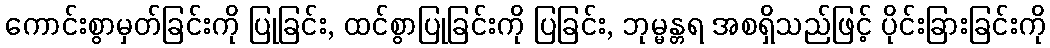
ကောင်းစွာမှတ်ခြင်းကို ပြုခြင်း, ထင်စွာပြုခြင်းကို ပြခြင်း, ဘုမ္မန္တရ အစရှိသည်ဖြင့် ပိုင်းခြားခြင်းကို